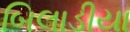
બિલાડીયા